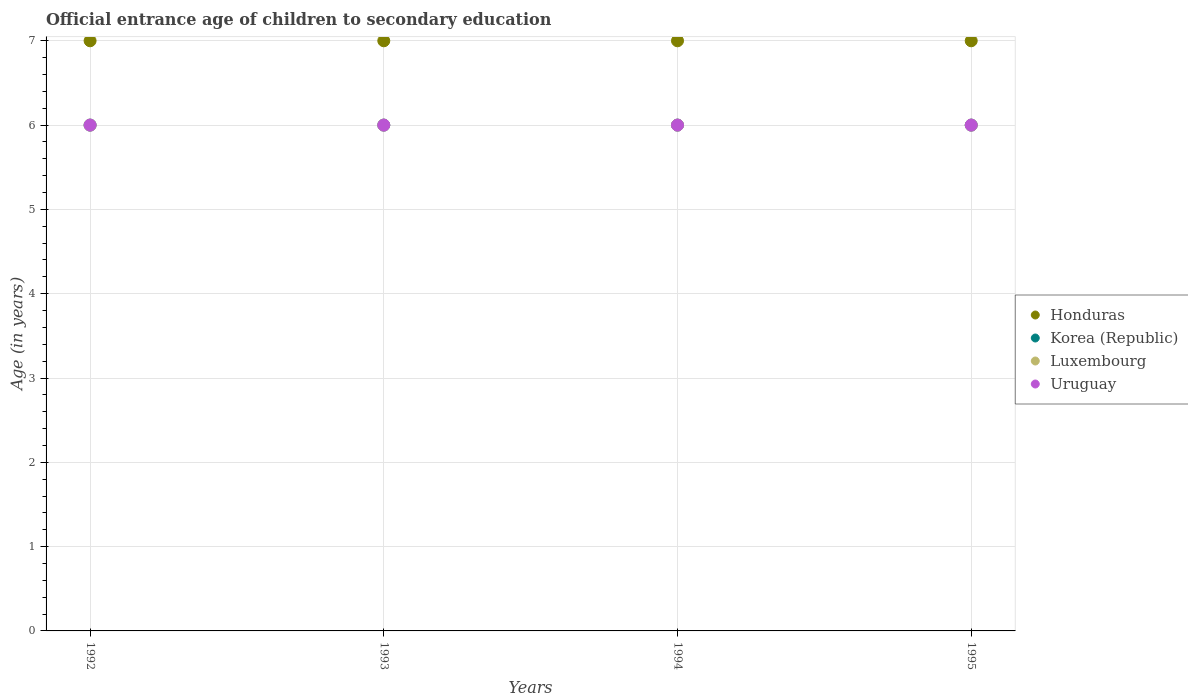
| Years | Honduras | Korea (Republic) | Luxembourg | Uruguay |
 | --- | --- | --- | --- | --- |
 | 1992 | 7 | 6 | 6 | 6 |
 | 1993 | 7 | 6 | 6 | 6 |
 | 1994 | 7 | 6 | 6 | 6 |
 | 1995 | 7 | 6 | 6 | 6 |